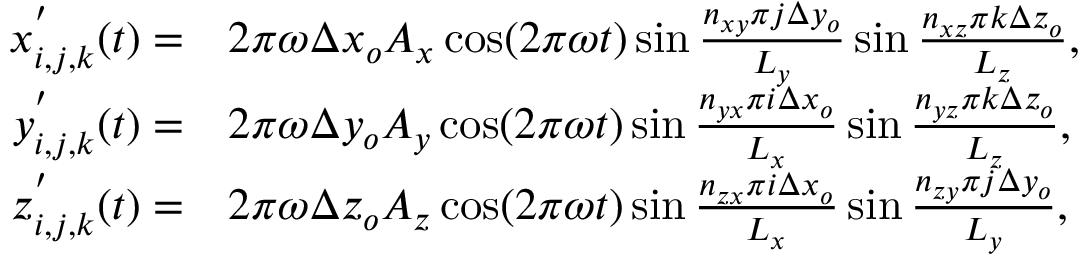
\begin{array} { r l } { x _ { i , j , k } ^ { ' } ( t ) = } & { { } 2 \pi \omega \Delta x _ { o } A _ { x } \cos ( 2 \pi \omega t ) \sin \frac { n _ { x y } \pi j \Delta y _ { o } } { L _ { y } } \sin \frac { n _ { x z } \pi k \Delta z _ { o } } { L _ { z } } , } \\ { y _ { i , j , k } ^ { ' } ( t ) = } & { { } 2 \pi \omega \Delta y _ { o } A _ { y } \cos ( 2 \pi \omega t ) \sin \frac { n _ { y x } \pi i \Delta x _ { o } } { L _ { x } } \sin \frac { n _ { y z } \pi k \Delta z _ { o } } { L _ { z } } , } \\ { z _ { i , j , k } ^ { ' } ( t ) = } & { { } 2 \pi \omega \Delta z _ { o } A _ { z } \cos ( 2 \pi \omega t ) \sin \frac { n _ { z x } \pi i \Delta x _ { o } } { L _ { x } } \sin \frac { n _ { z y } \pi j \Delta y _ { o } } { L _ { y } } , } \end{array}